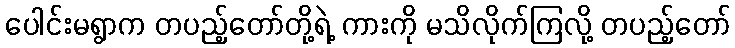
ပေါင်းမရွာက တပည့်တော်တို့ရဲ့ ကားကို မသိလိုက်ကြလို့ တပည့်တော်